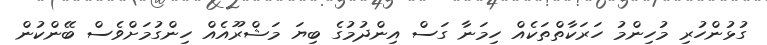
ގުޅުންހުރި މުހިންމު ހަރަކާތްތަކެއް ހިމަނާ ގަސް އިންދުމުގެ ބިޔަ މަޝްރޫއެއް ހިންގުމަށްވެސް ބޭންކުން